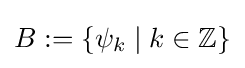
B:=\left\{\psi _{k}\mid k\in \mathbb {Z} \right\}